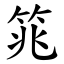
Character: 筄